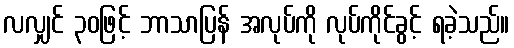
လလျှင် ၃၀ဖြင့် ဘာသာပြန် အလုပ်ကို လုပ်ကိုင်ခွင့် ရခဲ့သည်။